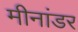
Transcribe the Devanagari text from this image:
मीनांडर